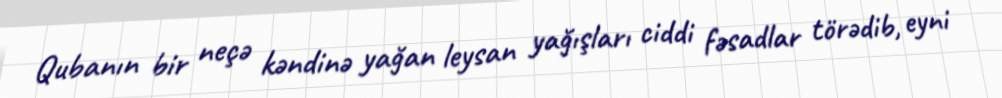
Qubanın bir neçə kəndinə yağan leysan yağışları ciddi fəsadlar törədib, eyni